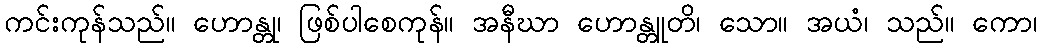
ကင်းကုန်သည်။ ဟောန္တု၊ ဖြစ်ပါစေကုန်။ အနီဃာ ဟောန္တူတိ၊ သော။ အယံ၊ သည်။ ကော၊